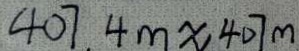
4 0 7 4 m \approx 4 0 7 m